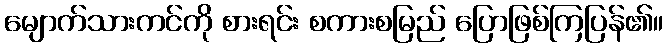
မျောက်သားကင်ကို စားရင်း စကားစမြည် ပြောဖြစ်ကြပြန်၏။